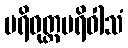
ပရိဝုတ္ထပရိဝါသံ